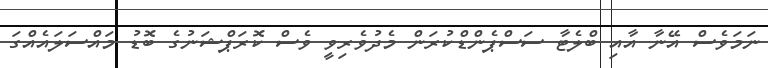
ނަމަވެސް އޭނާ އާއި ބްލެޓާ ސަސްޕެންޑްކުރަން މެދުވެރިވީ ވެސް ކޮރަޕްޝަނުގެ ބޮޑު މައްސަލައެއްގަ